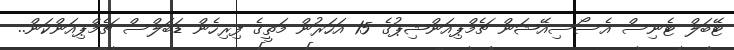
ޓޭބަލް ޓެނިސް އެސޯސިއޭޝަން ޗެމްޕިއަންޝިޕުގެ 15 އަހަރުން މަތީގެ ފިރިހެން ޑަބަލްސް ޗެމްޕިއަންކަން..